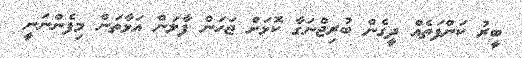
ބީރު ކަންފަތެއް ދީގެން ބުރިޖްނަގާ ކޮޅަށް ޖަހަން ފާލަން އަޅާތަން މިފެންނަނީ